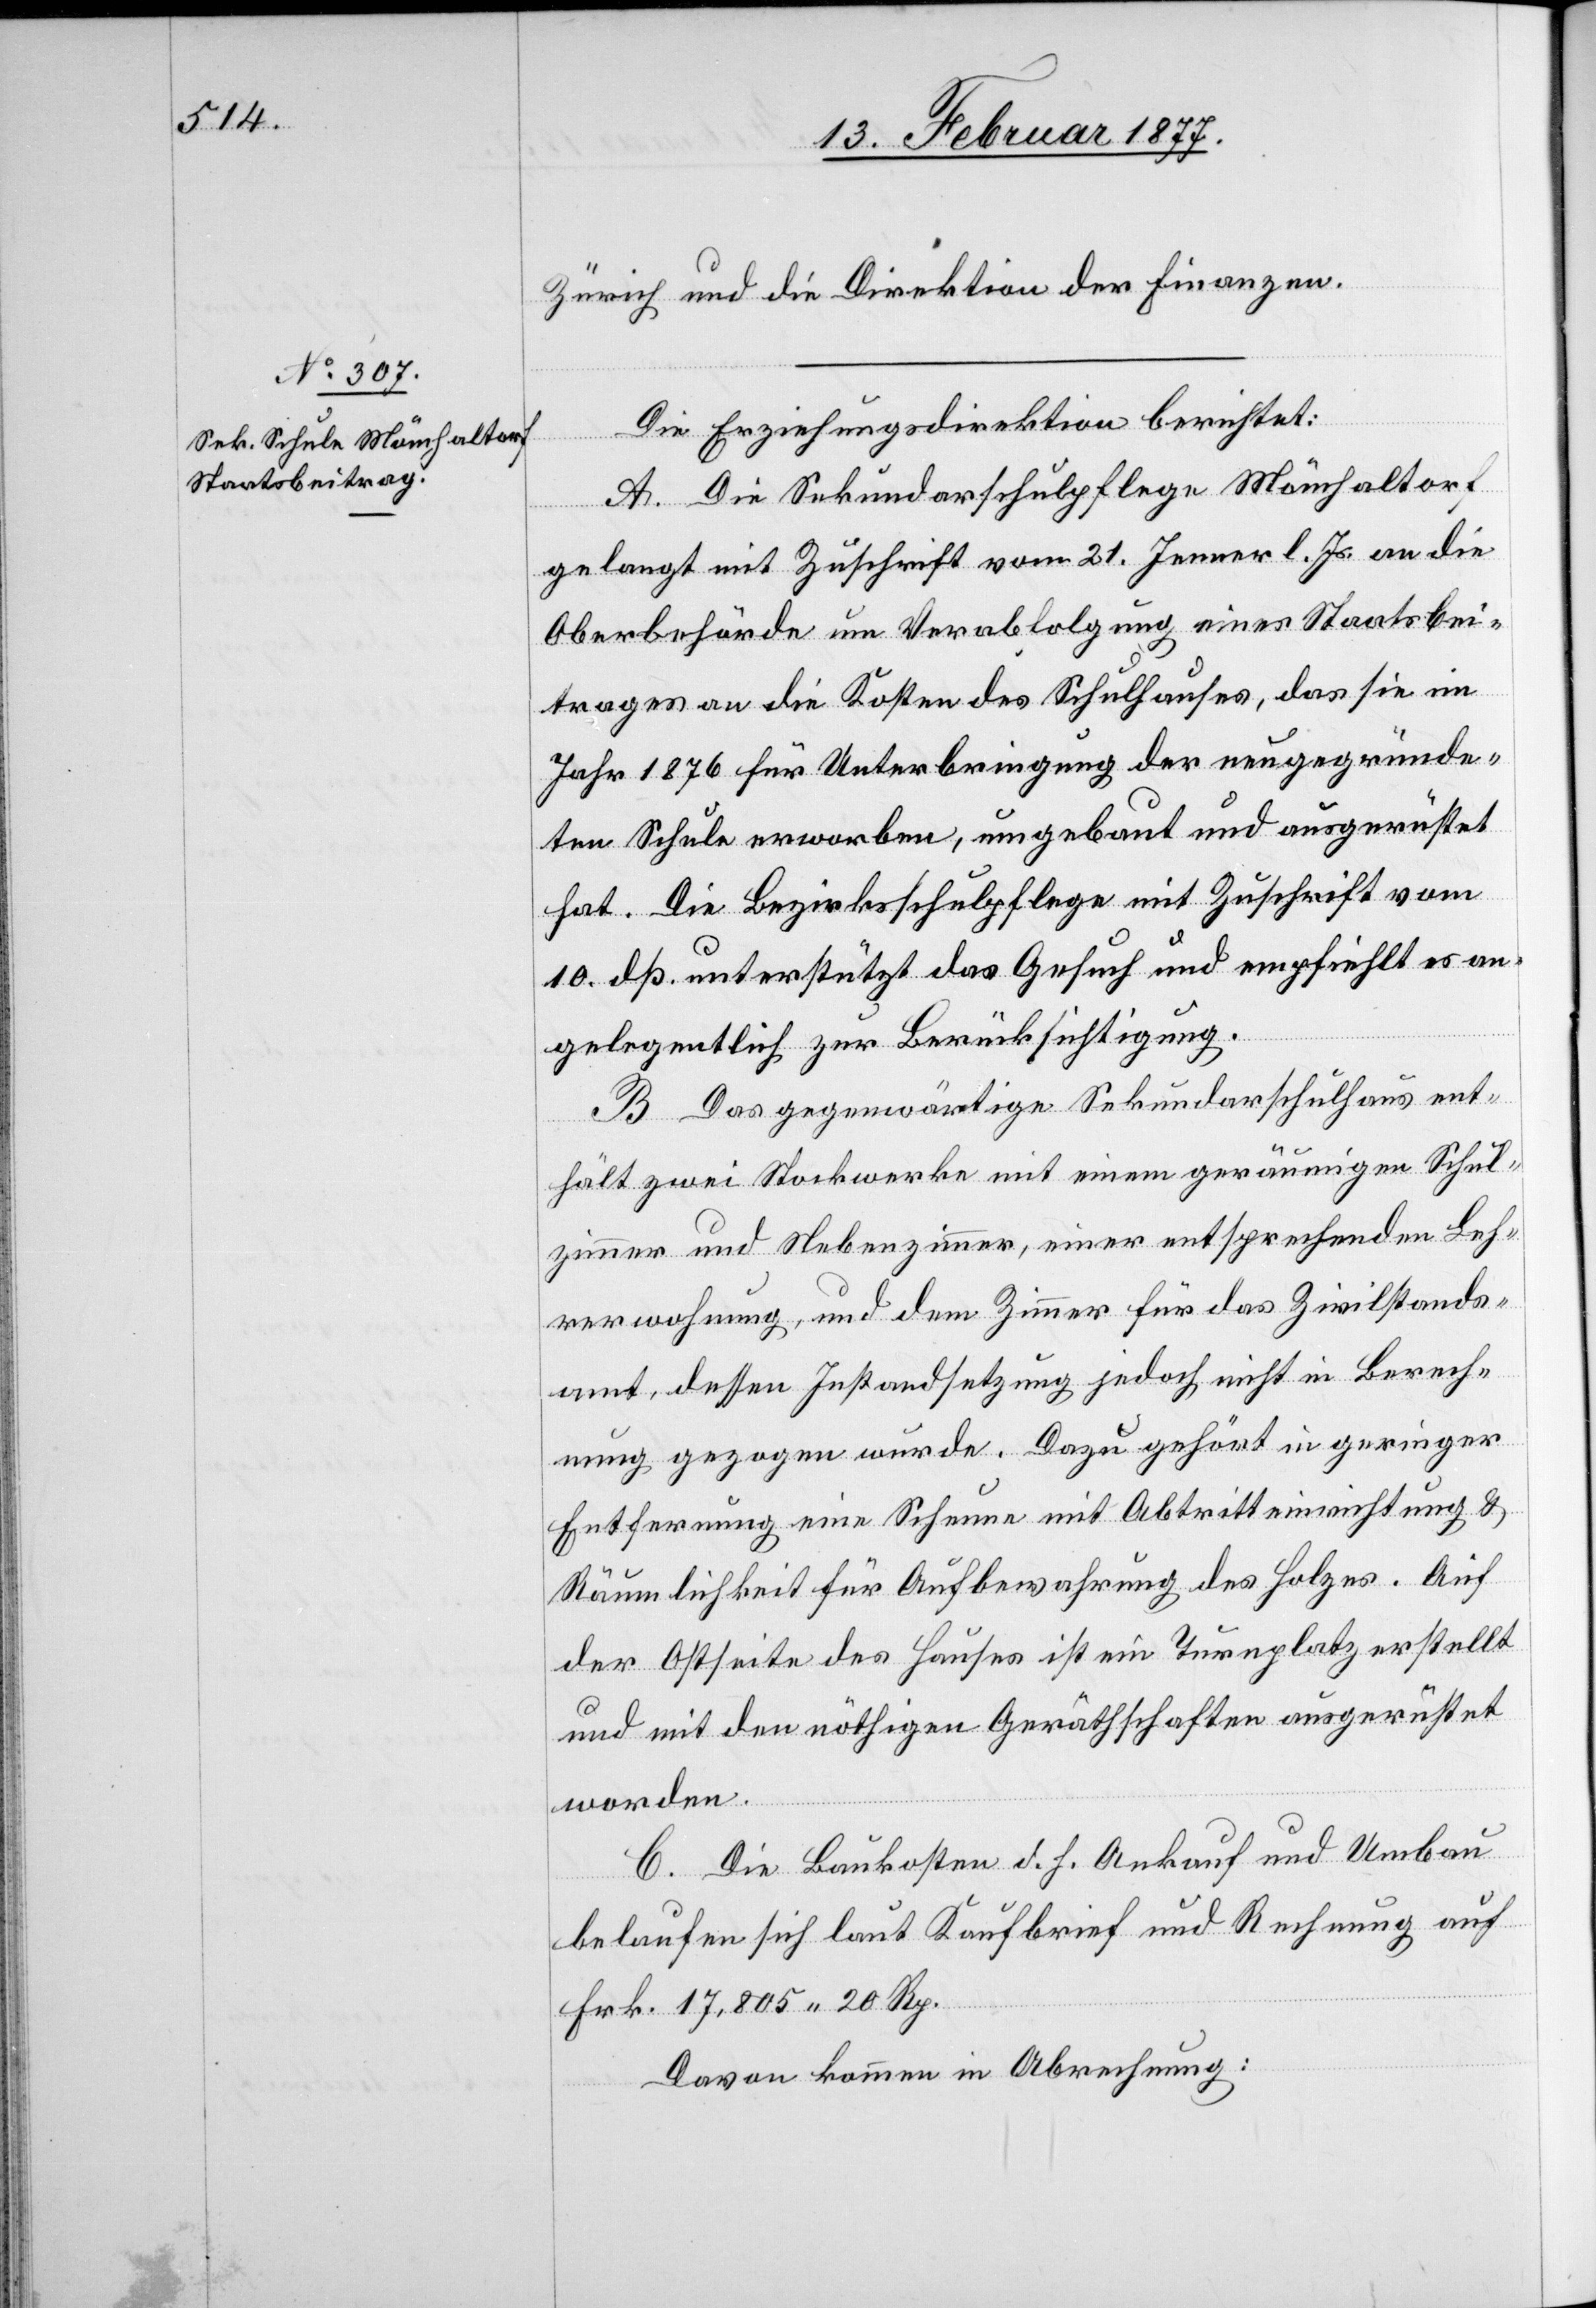
Zürich und an die Direktion der Finanzen.
Die Erziehungsdirektion berichtet:
A. Die Sekundarschulpflege Mönchaltorf
gelangt mit Zuschrift vom 21. Jenner l. Js. an die
Oberbehörde um Verabfolgung eines Staatsbei¬
trages an die Kosten des Schulhauses, das sie im
Jahr 1876 für Unterbringung der neugegründe¬
ten Schule erworben, umgebaut und ausgerüstet
hat. Die Bezirksschulpflege mit Zuschrift vom
10. dß. unterstützt das Gesuch und empfiehlt es an¬
gelegentlich zur Berücksichtigung.
B. Das gegenwärtige Sekundarschulhaus ent¬
hält zwei Stockwerke mit einem geräumigen Schul¬
zimmer und Nebenzimmer, einer entsprechenden Leh¬
rerwohnung, und dem Zimmer für das Zivilstands¬
amt, dessen Instandsetzung jedoch nicht in Berech¬
nung gezogen wurde. Dazu gehört in geringer
Entfernung eine Scheune mit Abtritteinrichtung &
Räumlichkeit für Aufbewahrung des Holzes. Auf
der Ostseite des Hauses ist ein Turnplatz erstellt
und mit den nöthigen Geräthschaften ausgerüstet
worden.
C. Die Baukosten d. h. Ankauf und Umbau
belaufen sich laut Kaufbrief und Rechnung auf
Frk. 17,805 20 Rp.
Davon kommen in Abrechnung: